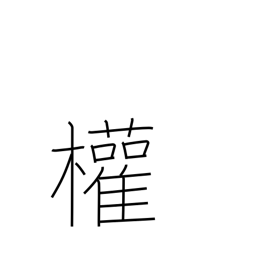
Meaning: rights